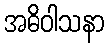
အဓိဝါသနာ